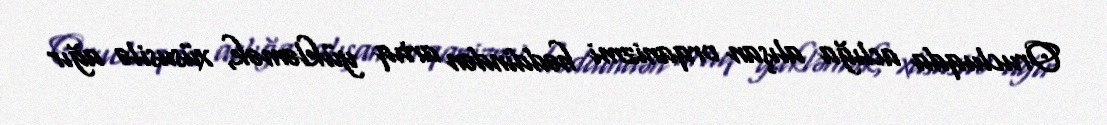
Orucluqda aclığa alışan orqanizmi həddindən artıq yükləmək, xüsusilə ağır